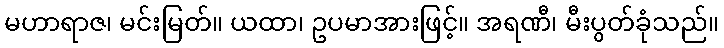
မဟာရာဇ၊ မင်းမြတ်။ ယထာ၊ ဥပမာအားဖြင့်။ အရဏီ၊ မီးပွတ်ခုံသည်။